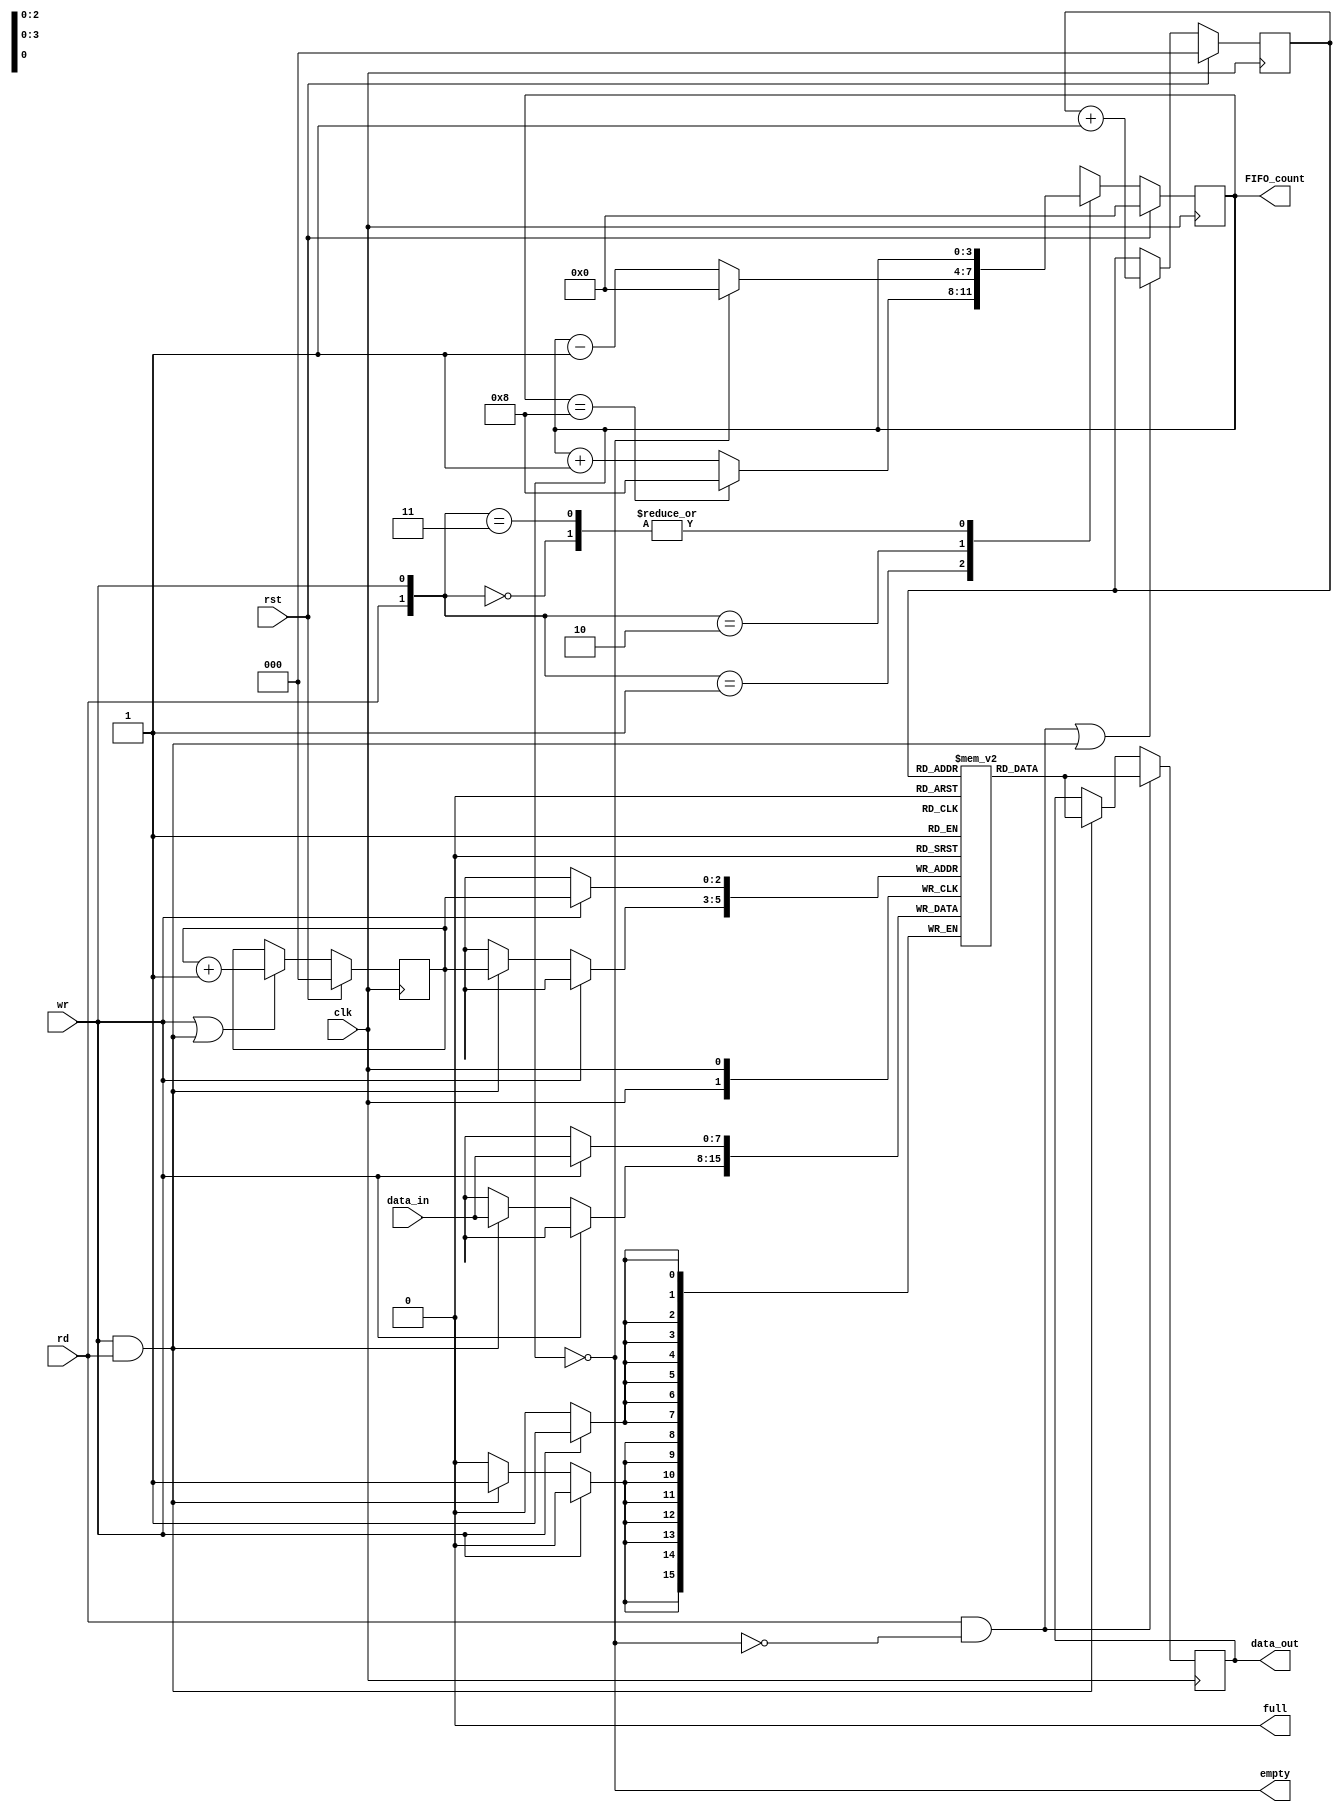
module FIFO_synchronous(input [7:0]data_in, input clk,rst,rd,wr,output reg empty,full,output reg [3:0] FIFO_count,output reg [7:0]data_out);
reg [7:0]FIFO_memory[7:0];				//8 memories each of size 8-bits declared
reg [2:0]rd_ptr,wr_ptr;					//3 bit pointer declared as 8 memory locations are present. 4-bit FIFO_count is taken in order to flag full, as it's not possible if 3 bit FIFO_count can count till only 7
always @(posedge clk)
begin							//write operation while block
	if(wr && !full)
	begin
		FIFO_memory[wr_ptr]<=data_in;
	end
	else if(wr&&rd)
	begin
		FIFO_memory[wr_ptr]<=data_in;
	end
end

always @(posedge clk)
begin							//read operation while block
	if(rd && !empty)
	begin
		data_out<=FIFO_memory[rd_ptr];
	end
	else if(rd&&wr)
	begin
		data_out<=FIFO_memory[rd_ptr];
	end
end

always @(posedge clk)
begin
	if(rst)
	begin
		{wr_ptr,rd_ptr}<=0;
	end
	else
	begin
		wr_ptr<=((wr && !full)||(rd&&wr))?wr_ptr+1:wr_ptr;
		rd_ptr<=((rd && !empty)||(rd&&wr))?rd_ptr+1:rd_ptr;
	end
end

always @(posedge clk)
begin
	if(rst)
	begin
		FIFO_count<=0;
	end
	else
	begin
		case({rd,wr})
		2'b00:FIFO_count<=FIFO_count;
		2'b01:FIFO_count<=(FIFO_count==8)?8:FIFO_count+1;
		2'b10:FIFO_count<=(FIFO_count==0)?0:FIFO_count-1;
		2'b11:FIFO_count<=FIFO_count;
		endcase
	end
end

assign full = (FIFO_count==256);
assign empty = (FIFO_count==0);
	
endmodule